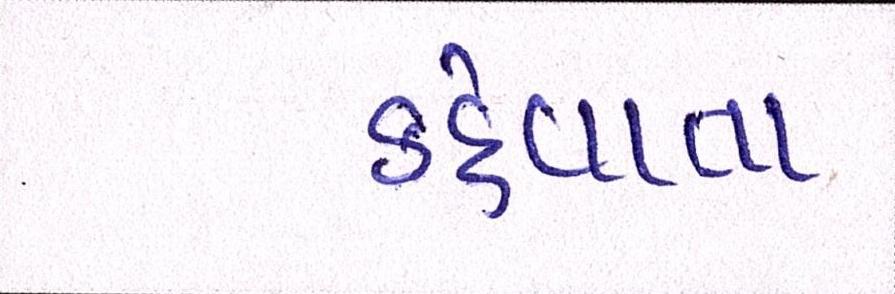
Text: કહેવાતા